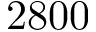
2 8 0 0